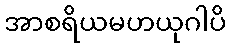
အာစရိယမဟယုဂါပိ